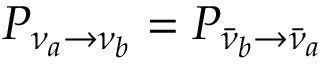
P _ { \nu _ { a } \rightarrow \nu _ { b } } = P _ { { \bar { \nu } } _ { b } \rightarrow { \bar { \nu } } _ { a } }